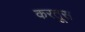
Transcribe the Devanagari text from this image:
करतूस